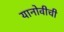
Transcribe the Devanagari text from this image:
यानोवीची